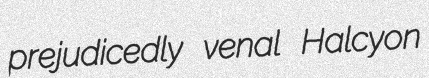
prejudicedly venal Halcyon